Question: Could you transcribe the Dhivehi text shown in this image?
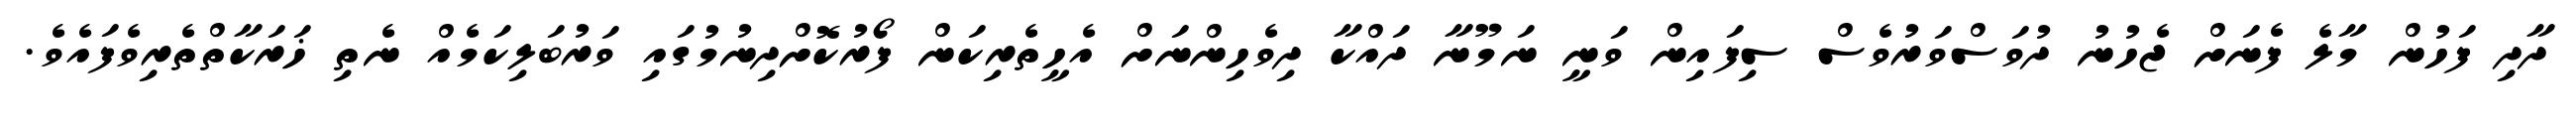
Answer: ދާދި ފަހުން މާލެ ފެނަށް ޖެހުނު ދުވަސްވަރުވެސް ސިފައިން ވަނީ ނަމޫނާ ދައްކާ ދިވެހިންނަށް އެހީތެރިކަން ފޯރުކޮށްދިނުމުގައި ވަރުބަލިކަމެއް ނެތި ޚަރަކާތްތެރިވެފައެވެ.